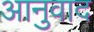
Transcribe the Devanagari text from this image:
आनुवाद